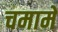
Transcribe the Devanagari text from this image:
चमामे